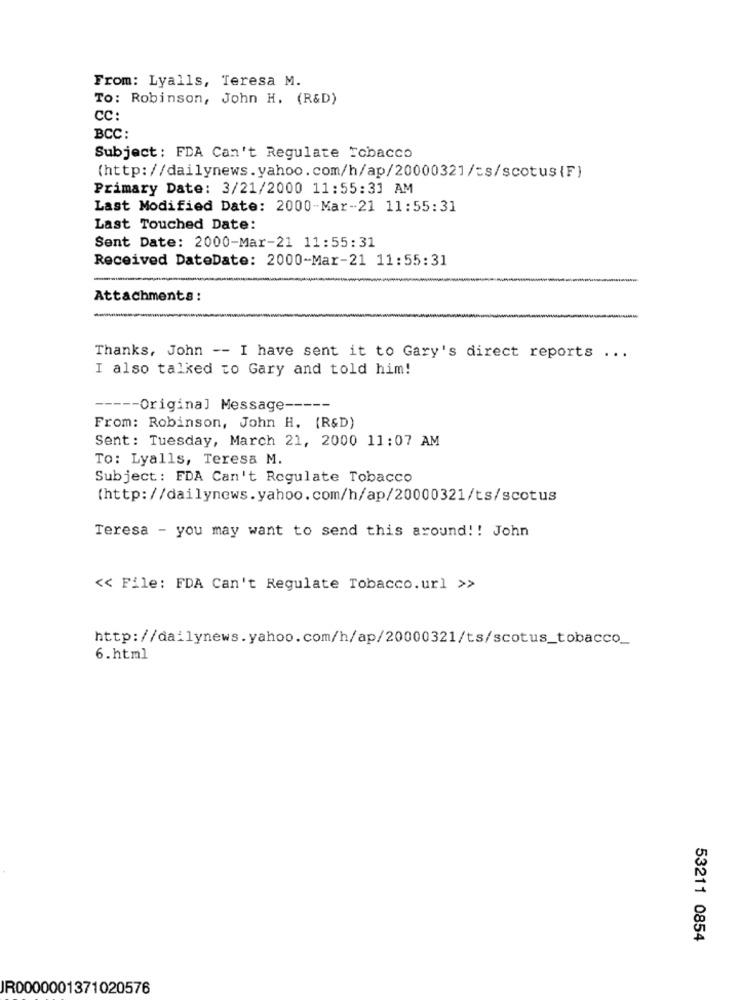
From: Lyalls, Teresa M.
To: Robinson, John H. (R&D)
CC:
BCC:
Subject: FDA Can't Regulate Tobacco
(http://dailynews.yahoo.com/h/ap/20000321/cs/scotus{F)
Primary Date: 3/21/2000 11:55:31 AM
Last Modified Date: 2000-Mar-21 11:55:31
Last Touched Date:
Sent Date: 2000-Mar-21 11:55:31
Received DateDate: 2000-Mar-21 11:55:31
Attachments:
Thanks, John -- I have sent it to Gary's direct reports ...
I also talked to Gary and told him!
----- Original Message -----
From: Robinson, John H. (R&D)
Sent: Tuesday, March 21, 2000 11:07 AM
To: Lyalls, Teresa M.
Subject: FDA Can't Regulate Tobacco
(http://dailynews.yahoo.com/h/ap/20000321/ts/scotus
Teresa - you may want to send this around !! John
<< File: FDA Can't Regulate Tobacco.url >>
http://dailynews.yahoo.com/h/ap/20000321/ts/scotus_tobacco_
6.html
53211 0854
JR0000001371020576